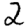
Digit: 2